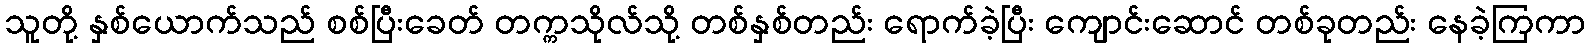
သူတို့ နှစ်ယောက်သည် စစ်ပြီးခေတ် တက္ကသိုလ်သို့ တစ်နှစ်တည်း ရောက်ခဲ့ပြီး ကျောင်းဆောင် တစ်ခုတည်း နေခဲ့ကြကာ